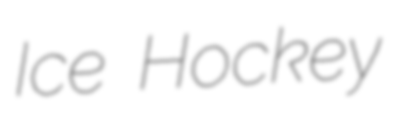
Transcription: Ice Hockey